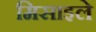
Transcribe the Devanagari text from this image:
मिसाइले